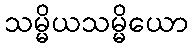
သမ္မိယသမ္မိယော